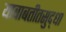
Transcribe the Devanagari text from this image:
याबाबतीतसुद्‌धा